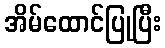
အိမ်ထောင်ပြုပြီး